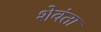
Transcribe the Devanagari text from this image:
शेवंता